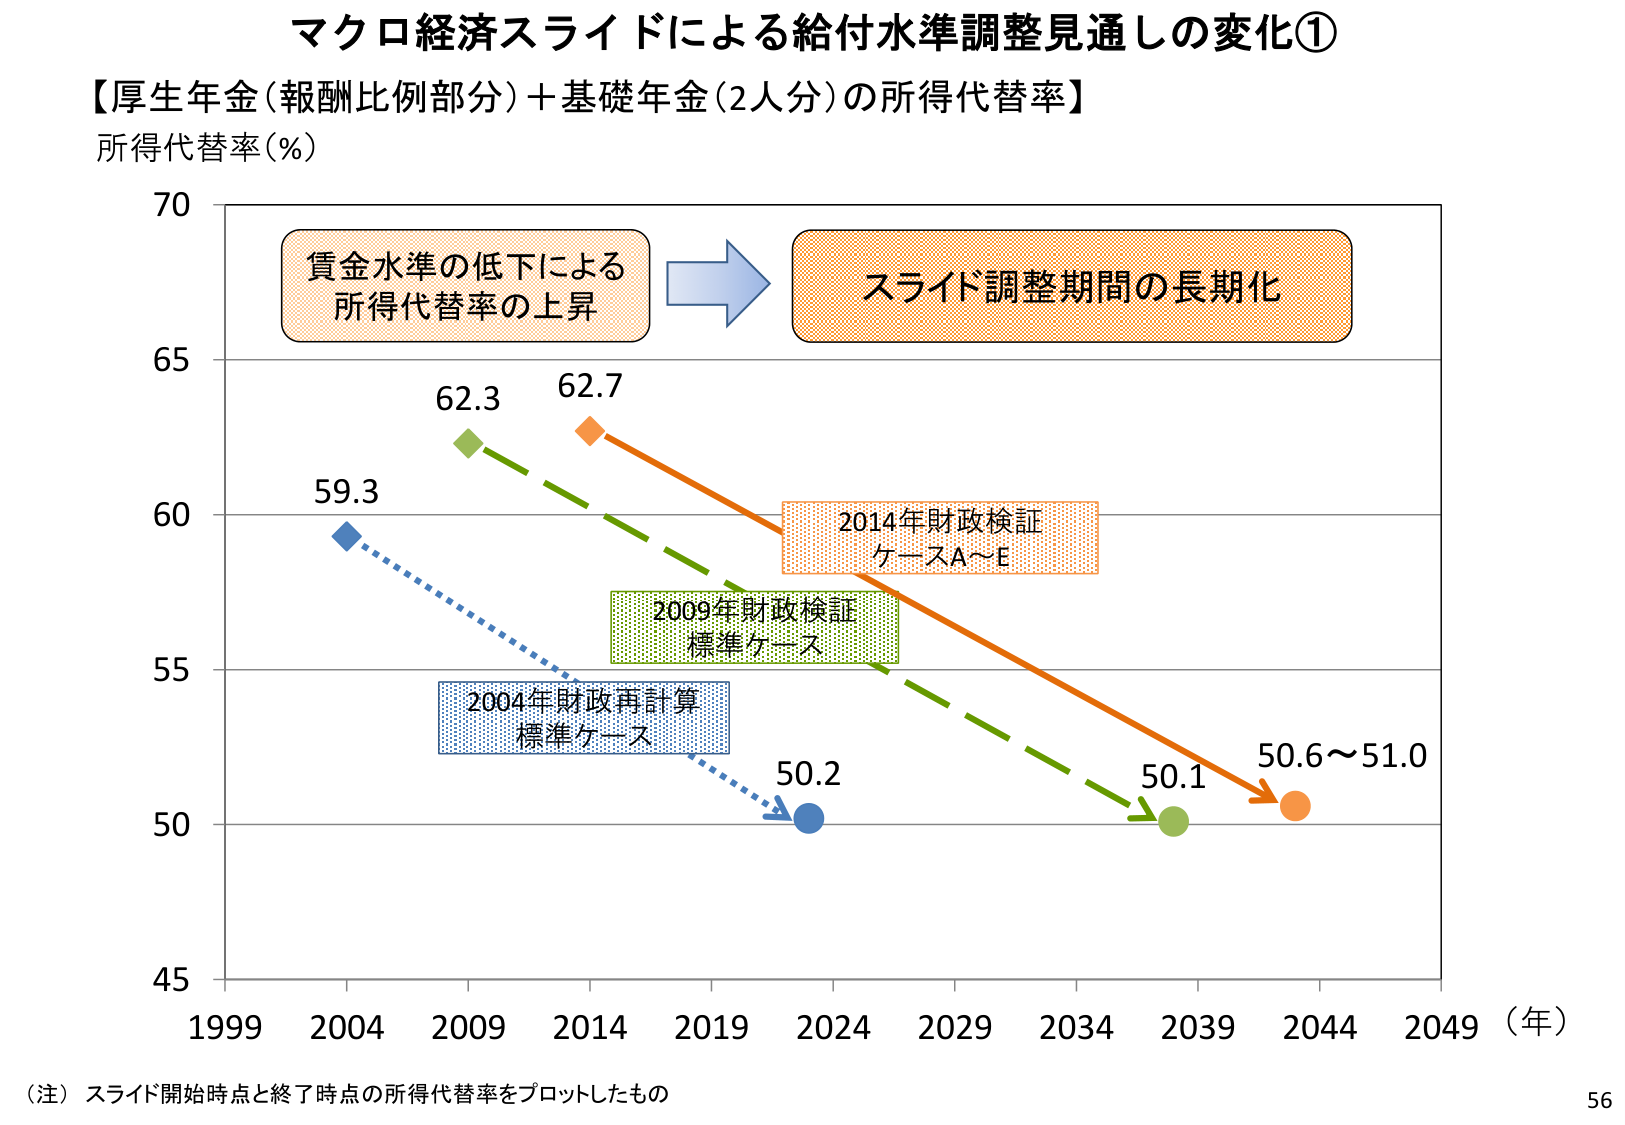
マクロ経済スライドによる給付水準調整見通しの変化①
【厚生年金（報酬比例部分）＋基礎年金（2人分）の所得代替率】
所得代替率（％）
70
賃金水準の低下による
所得代替率の上昇
→
スライド調整期間の長期化
65
62.3
62.7
60
59.3
2014年財政検証
ケースA～E
2009年財政検証
標準ケース
55
2004年財政再計算
標準ケース
50.2
50.1
50.6～51.0
50
45
1999 2004 2009 2014 2019 2024 2029 2034 2039 2044 2049 （年）
（注）スライド開始時点と終了時点の所得代替率をプロットしたもの
56